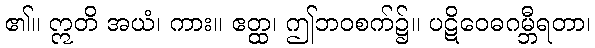
၏။ ဣတိ အယံ၊ ကား။ ဧတ္ထ၊ ဤဘဝစက်၌။ ပဋိဝေဓဂမ္ဘီရတာ၊